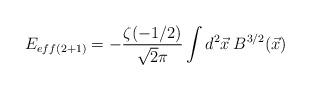
LaTeX: \begin{align*}E_{eff(2+1)}=-\frac{\zeta(-1/2)}{\sqrt{2}\pi}\int d^{2}\vec{x}\:B^{3/2}(\vec{x})\end{align*}